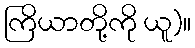
ကြိယာတို့ကို ယူ)။